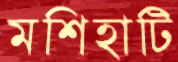
মশিহাটি